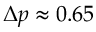
\Delta p \approx 0 . 6 5